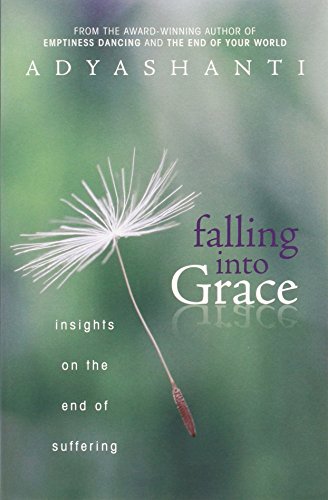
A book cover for Falling into Grace: Insights on the End of Suffering; Adyashanti; Religion & Spirituality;